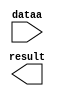
module mult_mass_08_12 (
	dataa,
	result);

	input	[9:0]  dataa;
	output	[13:0]  result;

endmodule